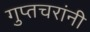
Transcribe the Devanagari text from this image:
गुप्तचरांनी